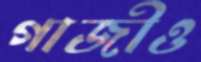
গাজীও